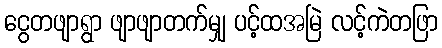
ငွေတဖျာရွာ ဖျာဖျာတက်မျှ ပင့်ထအမြဲ လင့်ကဲတဖြာ